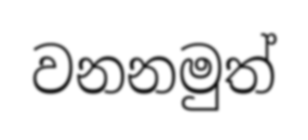
වනනමුත්